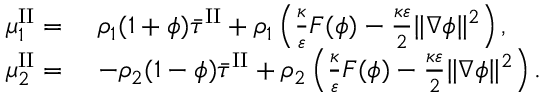
\begin{array} { r l } { \mu _ { 1 } ^ { \mathrm { I I } } = } & { ~ \rho _ { 1 } ( 1 + \phi ) \bar { \tau } ^ { \mathrm { I I } } + \rho _ { 1 } \left( \frac { \kappa } { \varepsilon } F ( \phi ) - \frac { \kappa \varepsilon } { 2 } \| \nabla \phi \| ^ { 2 } \right) , } \\ { \mu _ { 2 } ^ { \mathrm { I I } } = } & { ~ - \rho _ { 2 } ( 1 - \phi ) \bar { \tau } ^ { \mathrm { I I } } + \rho _ { 2 } \left( \frac { \kappa } { \varepsilon } F ( \phi ) - \frac { \kappa \varepsilon } { 2 } \| \nabla \phi \| ^ { 2 } \right) . } \end{array}